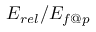
E _ { r e l } / E _ { f @ p }